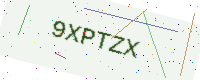
Text: 9XPTZX